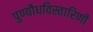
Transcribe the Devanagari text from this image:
पुण्यौधविस्तारिणी